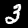
Label: 3